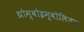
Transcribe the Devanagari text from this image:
थ्रोम्बोइम्बोलिज्म